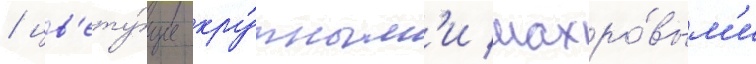
/ цв'ету́щие кру́пным'и махро́вым'и